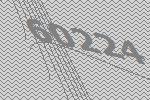
60224